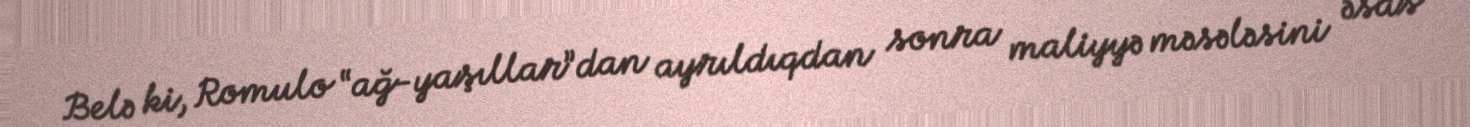
Belə ki, Romulo “ağ-yaşıllar”dan ayrıldıqdan sonra maliyyə məsələsini əsas